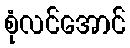
စုံလင်အောင်